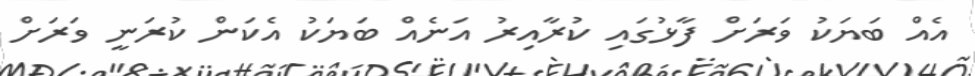
އެއް ބަޔަކު ވަރަށް ފާޅުގައި ކުރާއިރު އަނެއް ބަޔަކު އެކަން ކުރަނީ ވަރަށް